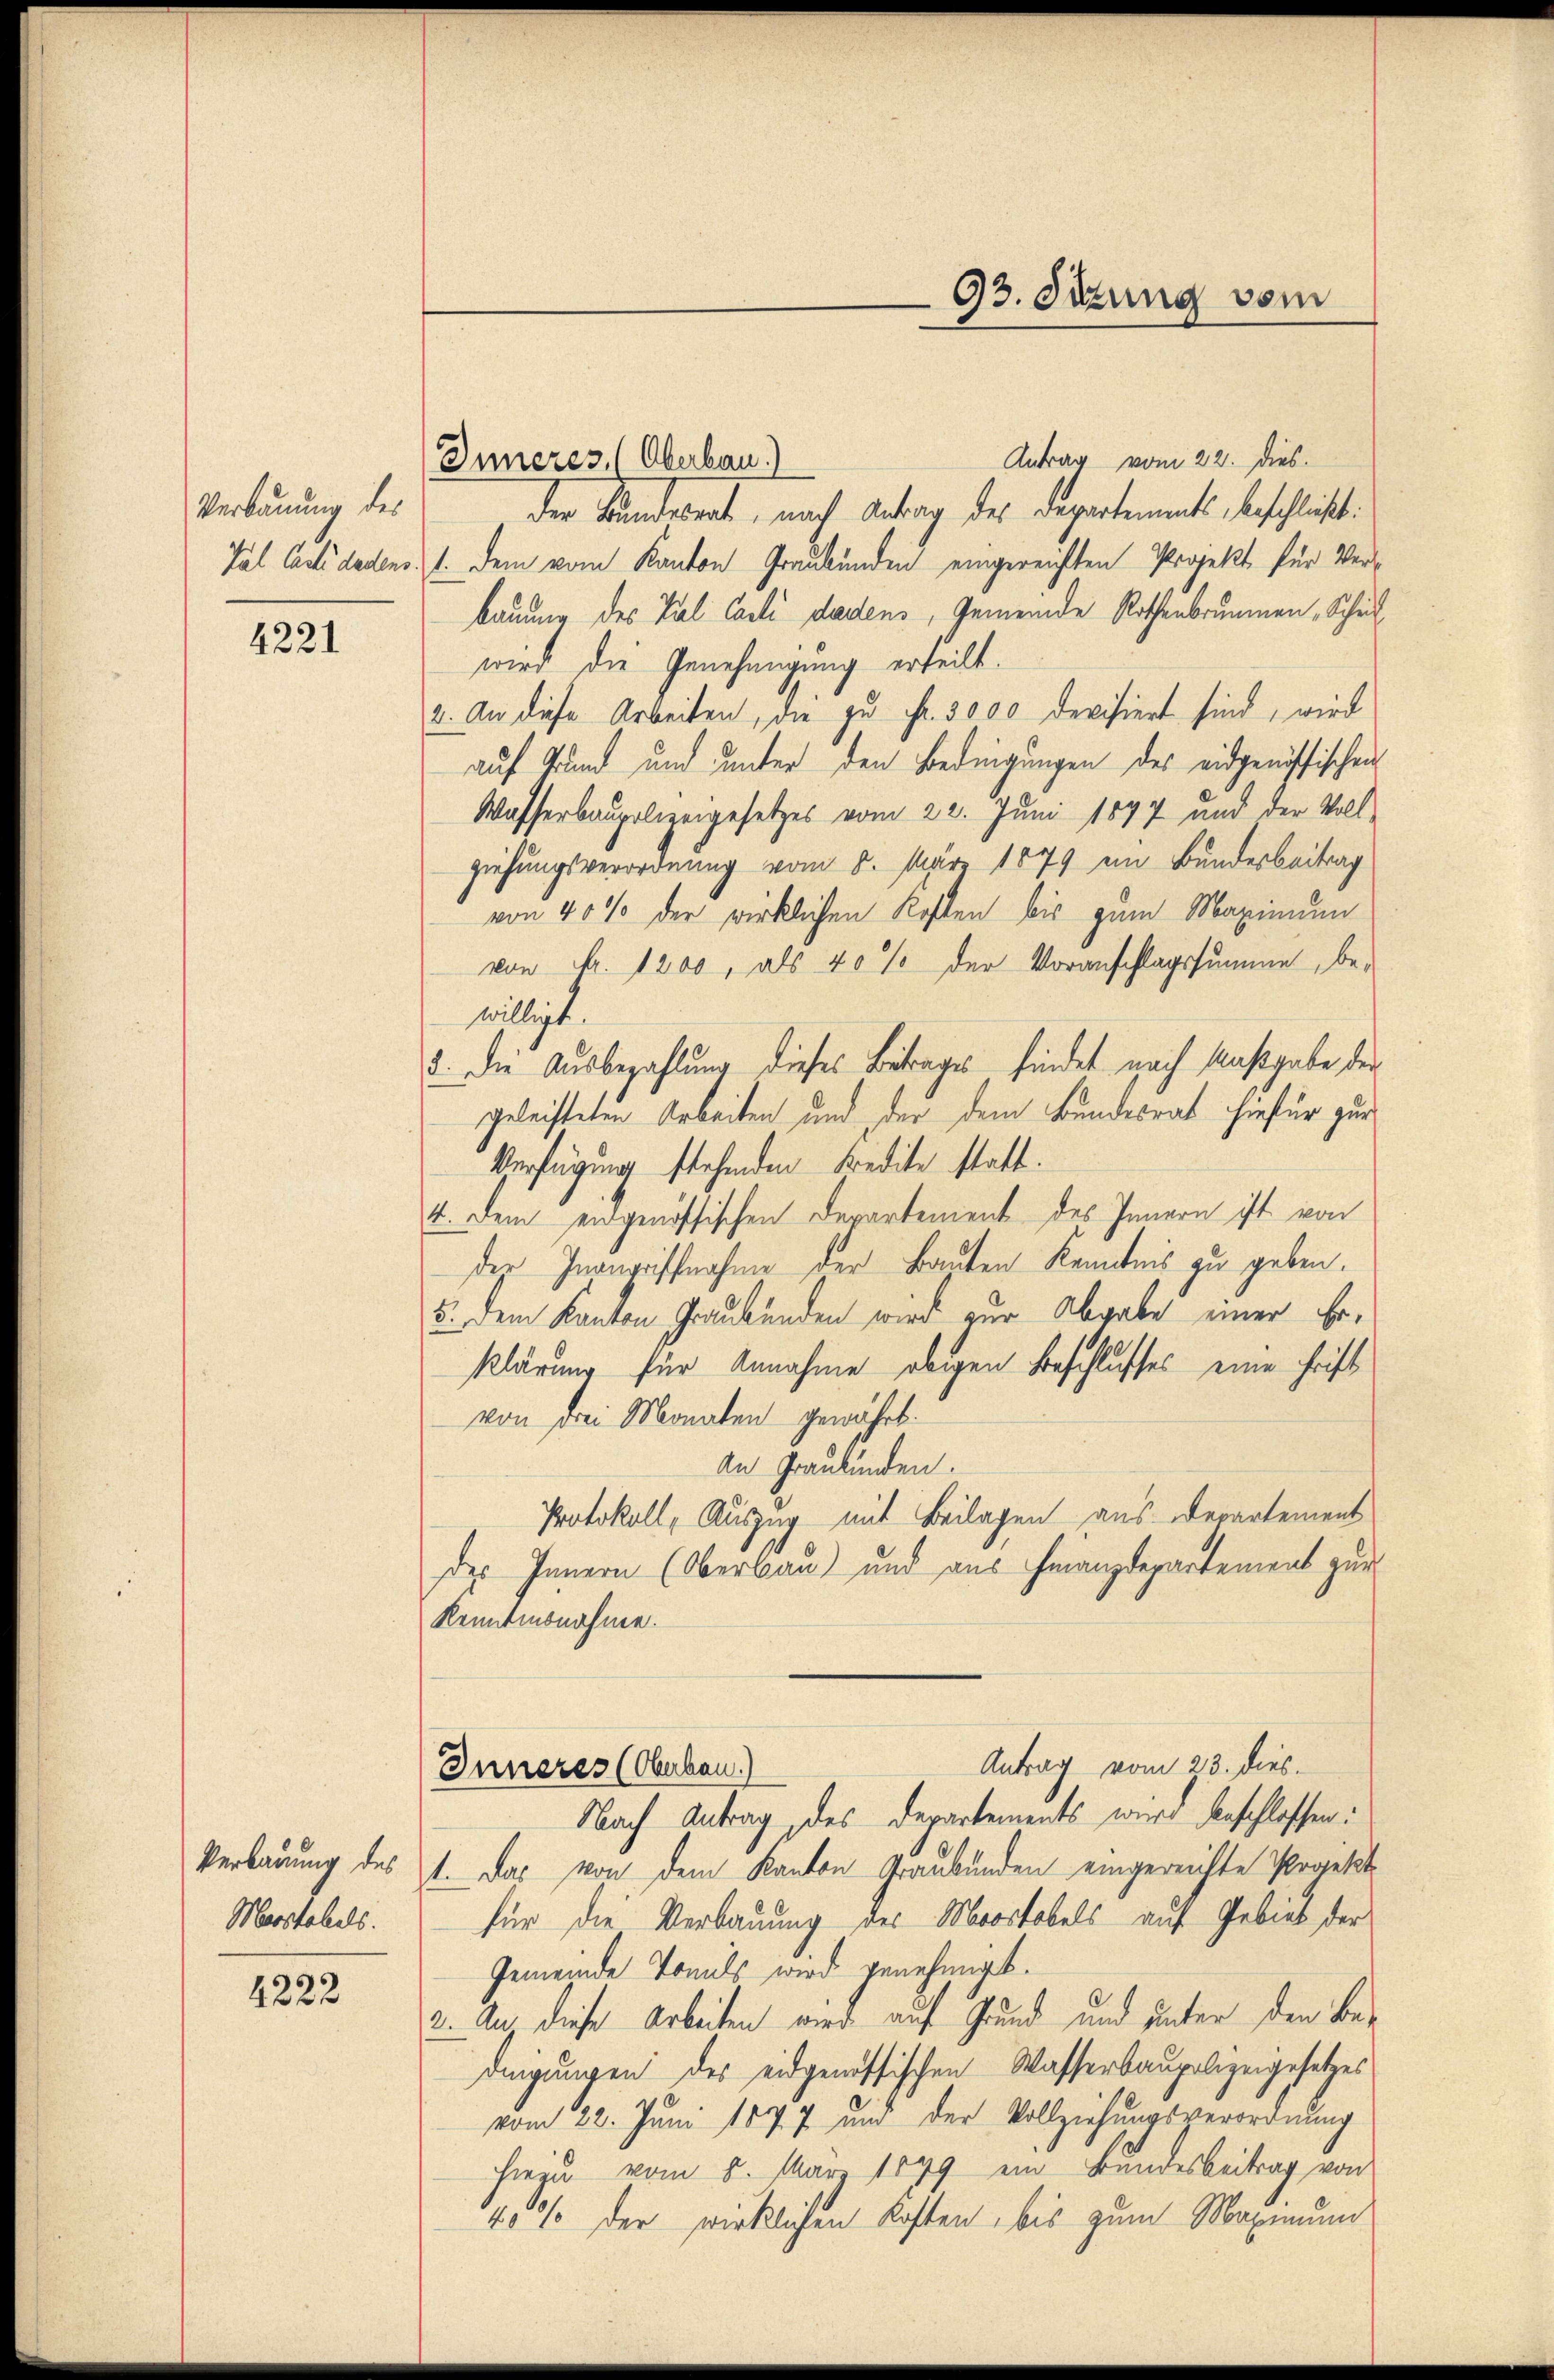
Verbauung des

4221

Verbauung des
Martabels.

4222

Antrag vom 22. dies
Inneres, (Oberbau.)
der Bundesrat, nach Antrag des Departements, beschließt:
Tal Carte dedens. 1. Dem vom Kanton Graubünden eingereichten Projekt für Verbauung des Pal Carli dadens, Gemeinde Rothenbrunnen, Schulwird die Genehmigung erteilt.
2. An diese Arbeiten, die zu Fr. 3000 devisiert sind, wird
auf Grund und unter den Bedingungen des eidgenössischen
Wasserbaupolizeigesetzes vom 22. Juni 1897 und der Voll-
ziehungsverordnung vom 8. März 1879 ein Bundesbeitrag
von 40% der wirklichen Kosten bis zum Maximum
von Nr. 1200, als 40% der Voranschlagssumme, bewilligt.
5. Die Ausbezahlung dieses Betrages findet nach Maßgabe der
geleisteten Arbeiten und der dem Bundesrat hiefür zur
Verfügung stehenden Kredite statt.
4. Dem eidgenössischen Departement des Innern ist von
der Inangriffnahme der Bauten Kenntnis zu geben.
5. dem Kanton Graubünden wird zur Abgabe einer Erklärung für Annahme obigen Beschlusses eine chrift
von drei Monaten gewährt.
An Graubünden.
Protokoll, Auszug mit Beilagen aus Departement
des Innern (Oberbau und aus Finanzdepartement zur
kanntmonahme.
Antrag vom 23. dies
Inneres (Oberbau)
Nach Antrag, des Departements wird beschlossen:
1. Das von dem Kanton Graubünden eingereichte Projekt
für die Verbauung des Moostobels auf Gebiet der
Gemeinde Tomils wird genehmigt.
2. An diese Arbeiten wird auf Grund und unter den Bedingungen des eidgenössischen Wasserbaupolizeigesetzes
vom 22. Juni 1877 und der Vollziehungsverordnung
hiezu vom 8. März 1899 ein Bundesbeitrag von
40% der wirklichen Kosten, bis zum Maximum

93. Sitzung vom